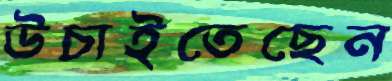
উচাইতেছেন